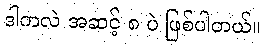
ဒါကလဲ အဆင့် ၈ ပဲ ဖြစ်ပါတယ်။